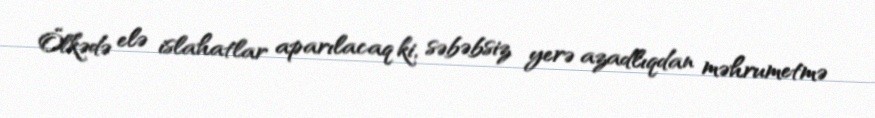
Ölkədə elə islahatlar aparılacaq ki, səbəbsiz yerə azadlıqdan məhrumetmə